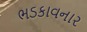
ભડકાવનાર